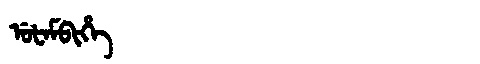
Manchu: ᡠᡶᠠᠮᠪᡳᡥᡝ
Romanization: UFAMBIHE